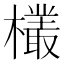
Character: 𬅆